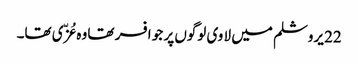
22 یروشلم میں لا وی لوگوں پر جو افسر تھا وہ عُزّی تھا۔